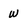
Character: w